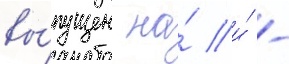
вы́пущен на́ и́ -